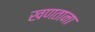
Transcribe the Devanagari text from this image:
खणताना